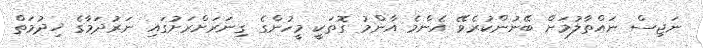
ނަޖިސް ނައްތާލުމަށް ބޭނުންކުރެވޭ އެންމެ އާންމު ގޮތަކީ މީހުންގެ ގިނަރަށްރަށުގައި ނަރުދަމާގެ ޚިދުމަތް